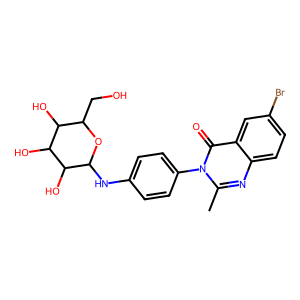
SMILES: Cc1nc2ccc(Br)cc2c(=O)n1-c1ccc(NC2OC(CO)C(O)C(O)C2O)cc1
Inhibits HIV replication: No